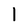
Character: 1